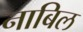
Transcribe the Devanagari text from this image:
नाबिल